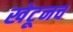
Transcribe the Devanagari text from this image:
खेटूनच